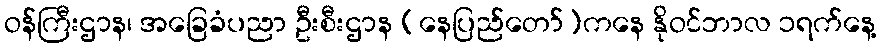
ဝန်ကြီးဌာန၊ အခြေခံပညာ ဦးစီးဌာန (နေပြည်တော်)ကနေ နိုဝင်ဘာလ ၁ရက်နေ့